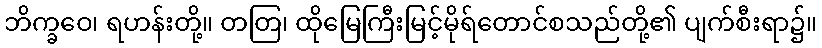
ဘိက္ခဝေ၊ ရဟန်းတို့။ တတြ၊ ထိုမြေကြီးမြင့်မိုရ်တောင်စသည်တို့၏ ပျက်စီးရာ၌။